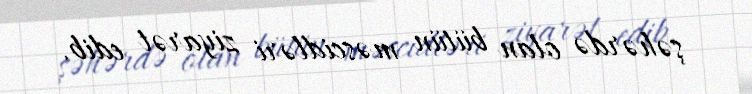
şəhərdə olan bütün məscidləri ziyarət edib.